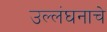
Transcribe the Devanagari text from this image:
उल्लंघनाचे